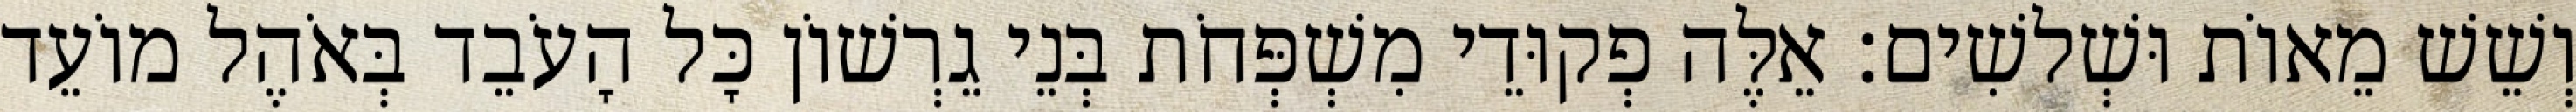
וְשֵׁשׁ מֵאוֹת וּשְׁלשִׁים׃ אֵלֶּה פְקוּדֵי מִשְׁפְּחֹת בְּנֵי גֵרְשׁוֹן כָּל הָעֹבֵד בְּאֹהֶל מוֹעֵד